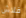
فلاش